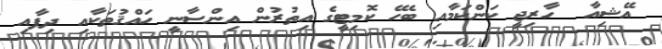
އޭޝިއާ  ހާރިޖީ ކަންކަމާއި ބެހޭ ކޮމިޓީގެ އިތުރުން އިންސާނީ ހައްޤުތަކާއި ދިފާއި